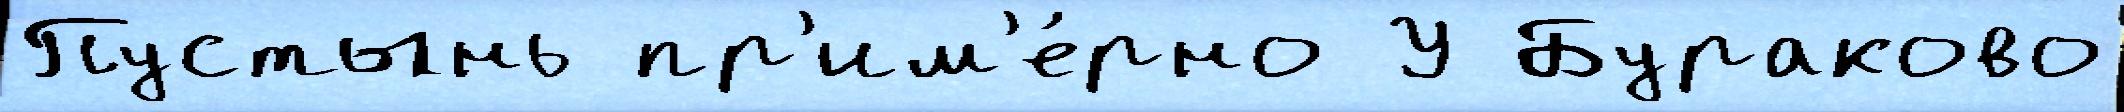
Пустынь пр'им'е́рно У Бураково